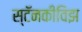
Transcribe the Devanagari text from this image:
स्टॅनकीविझ